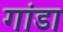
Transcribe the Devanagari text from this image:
गांडा